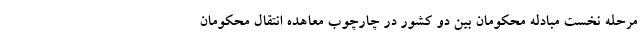
مرحله نخست مبادله محکومان بین دو کشور در چارچوب معاهده انتقال محکومان